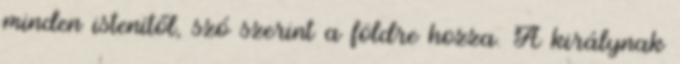
minden istenitől, szó szerint a földre hozza. A királynak